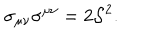
LaTeX: \sigma _ { \mu \nu } \sigma ^ { \mu \nu } = 2 { \cal S } ^ { 2 } .